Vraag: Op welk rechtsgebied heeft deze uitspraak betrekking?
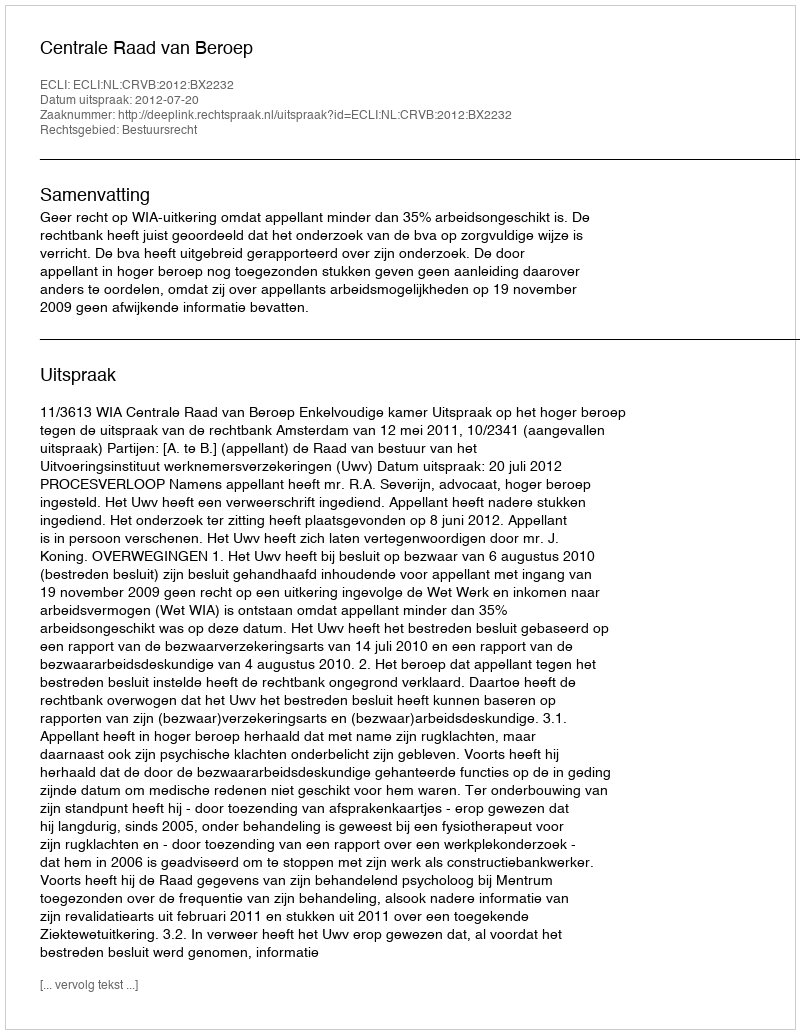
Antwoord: Bestuursrecht